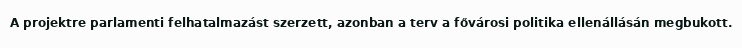
A projektre parlamenti felhatalmazást szerzett, azonban a terv a fővárosi politika ellenállásán megbukott.